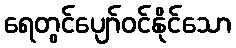
ရေတွင်ပျော်ဝင်နိုင်သော